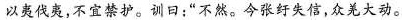
以夷伐夷，不宜禁护。训曰；”不然。今张纡失信，众羌大动。